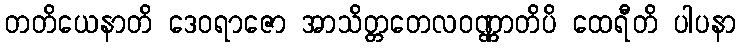
တတိယေနာတိ ဒေဝရာဇော အာသိတ္တတေလဝဏ္ဏာတိပိ ထေရီတိ ပါပနာ